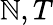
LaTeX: \mathbb{N},T